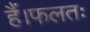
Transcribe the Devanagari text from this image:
हैं।फलतः